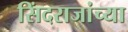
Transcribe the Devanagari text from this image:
सिंदराजांच्या